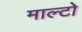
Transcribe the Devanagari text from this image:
माल्टो